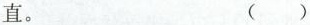
直。 ()